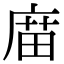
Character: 庿